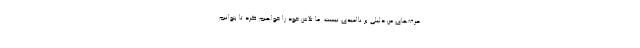
حرف‌های من دلیلی بر ناامیدی نیست. ما تلاش خود را خواهیم کرد تا بتوانیم